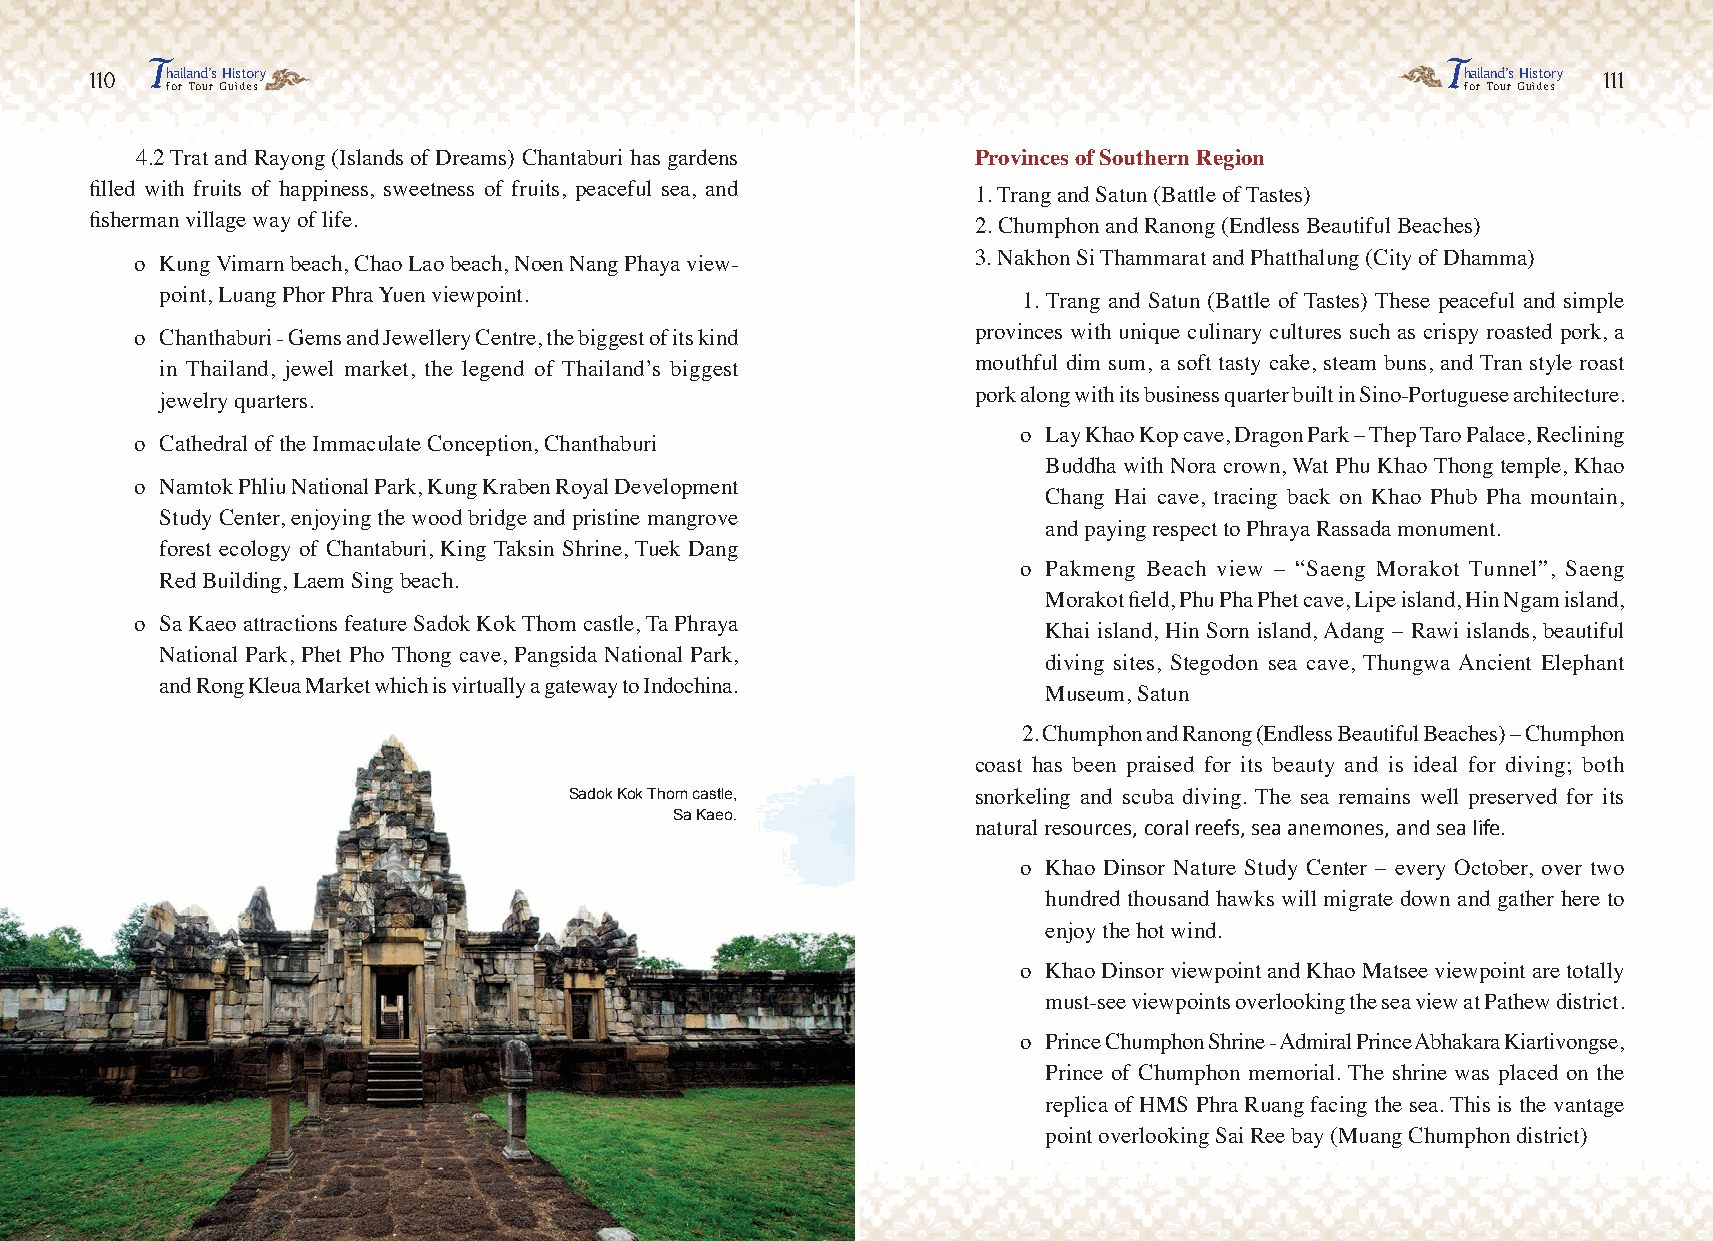
T                                                                                     T
 110  hailand’s History                                                                     hailand’s History 111
 for Tour Guides                                                                       for Tour Guides
 4.2 Trat and Rayong (Islands of Dreams) Chantaburi has gardens Provinces of Southern Region
 filled with fruits of happiness, sweetness of fruits, peaceful sea, and 1. Trang and Satun (Battle of Tastes)
 fisherman village way of life.                             2. Chumphon and Ranong (Endless Beautiful Beaches)
 o Kung Vimarn beach, Chao Lao beach, Noen Nang Phaya view- 3. Nakhon Si Thammarat and Phatthalung (City of Dhamma)
 point, Luang Phor Phra Yuen viewpoint.                   1. Trang and Satun (Battle of Tastes) These peaceful and simple
 o Chanthaburi - Gems and Jewellery Centre, the biggest of its kind provinces with unique culinary cultures such as crispy roasted pork, a
 in Thailand, jewel market, the legend of Thailand’s biggest mouthful dim sum, a soft tasty cake, steam buns, and Tran style roast
 jewelry quarters.                                     pork along with its business quarter built in Sino-Portuguese architecture.
 o Lay Khao Kop cave, Dragon Park – Thep Taro Palace, Reclining
 o Cathedral of the Immaculate Conception, Chanthaburi
 Buddha with Nora crown, Wat Phu Khao Thong temple, Khao
 o Namtok Phliu National Park, Kung Kraben Royal Development
 Chang Hai cave, tracing back on Khao Phub Pha mountain,
 Study Center, enjoying the wood bridge and pristine mangrove
 and paying respect to Phraya Rassada monument.
 forest ecology of Chantaburi, King Taksin Shrine, Tuek Dang
 o Pakmeng Beach view – “Saeng Morakot Tunnel”, Saeng
 Red Building, Laem Sing beach.
 Morakot field, Phu Pha Phet cave, Lipe island, Hin Ngam island,
 o Sa Kaeo attractions feature Sadok Kok Thom castle, Ta Phraya
 Khai island, Hin Sorn island, Adang – Rawi islands, beautiful
 National Park, Phet Pho Thong cave, Pangsida National Park,
 diving sites, Stegodon sea cave, Thungwa Ancient Elephant
 and Rong Kleua Market which is virtually a gateway to Indochina.
 Museum, Satun
 2. Chumphon and Ranong (Endless Beautiful Beaches) – Chumphon
 coast has been praised for its beauty and is ideal for diving; both
 Sadok Kok Thom castle,     snorkeling and scuba diving. The sea remains well preserved for its
 Sa Kaeo.
 natural resources, coral reefs, sea anemones, and sea life.
 o Khao Dinsor Nature Study Center – every October, over two
 hundred thousand hawks will migrate down and gather here to
 enjoy the hot wind.
 o Khao Dinsor viewpoint and Khao Matsee viewpoint are totally
 must-see viewpoints overlooking the sea view at Pathew district.
 o Prince Chumphon Shrine - Admiral Prince Abhakara Kiartivongse,
 Prince of Chumphon memorial. The shrine was placed on the
 replica of HMS Phra Ruang facing the sea. This is the vantage
 point overlooking Sai Ree bay (Muang Chumphon district)